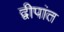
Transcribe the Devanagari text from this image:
द्वीपांत